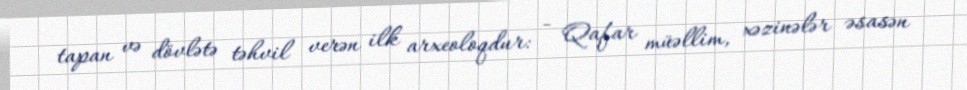
tapan və dövlətə təhvil verən ilk arxeoloqdur: - Qafar müəllim, xəzinələr əsasən